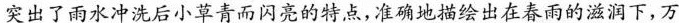
突出了雨水冲洗后小草青而闪亮的特点，准确地描绘出在春雨的滋润下,万